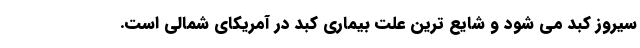
سیروز کبد می شود و شایع ترین علت بیماری کبد در آمریکای شمالی است.